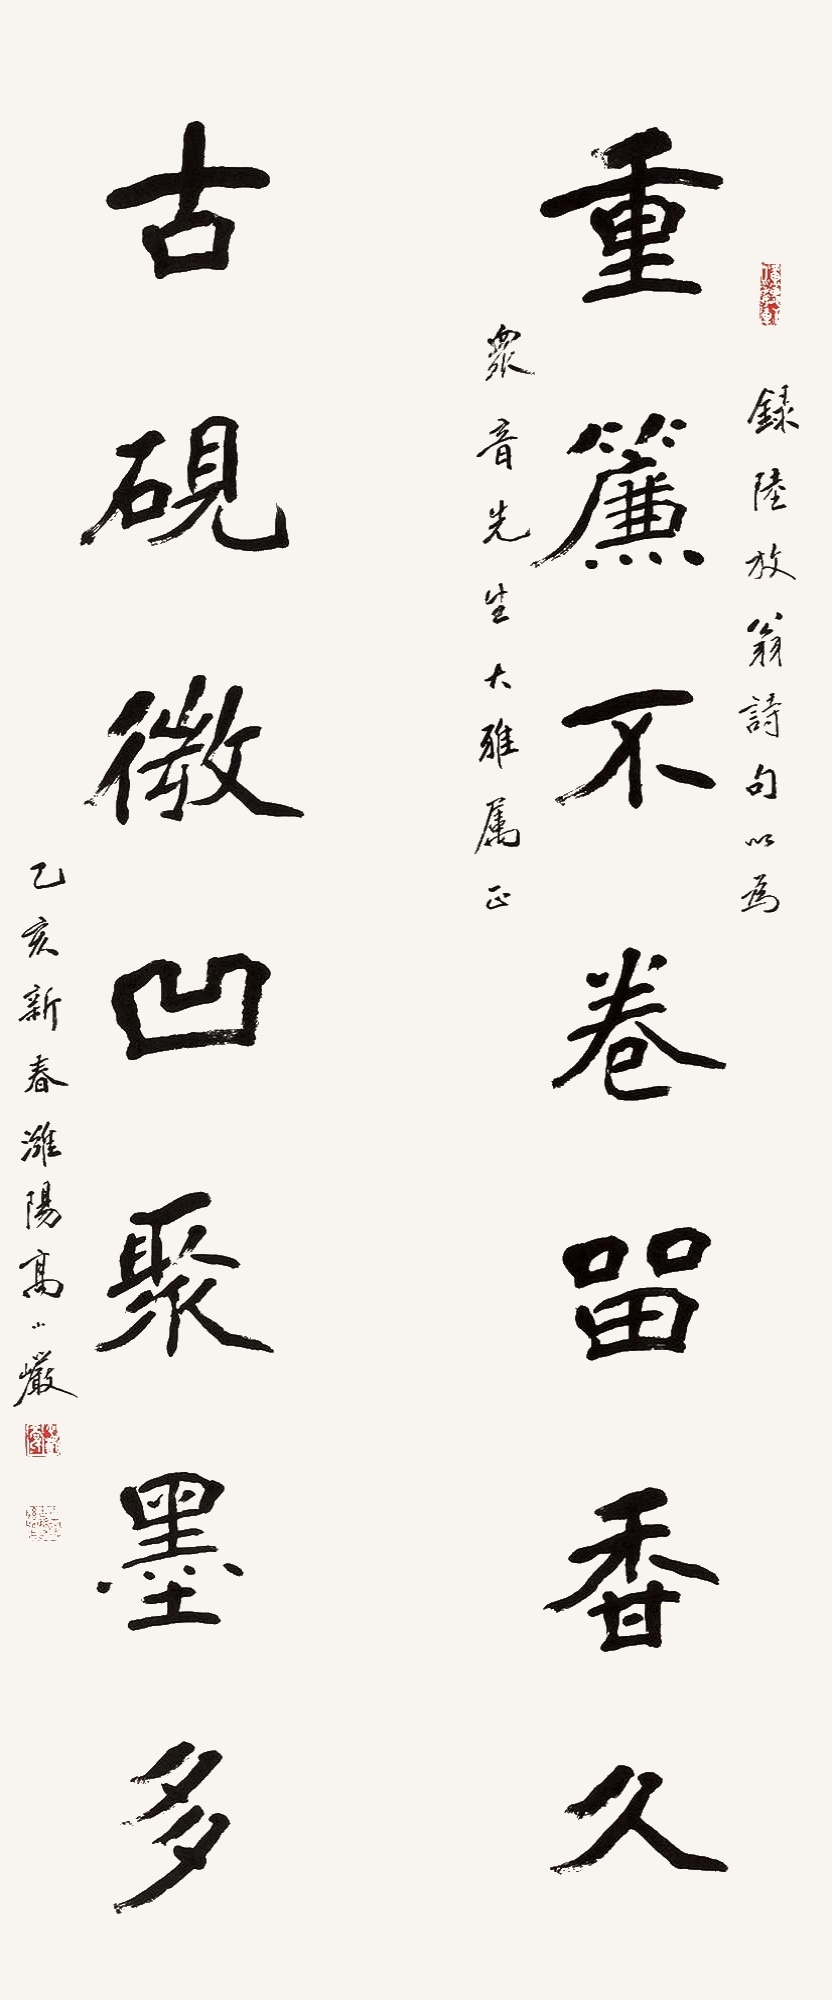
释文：重帘不卷留香久，古砚微凹聚墨多。录陆放翁诗句以为众音先生大雅属正，乙亥新春潍阳高小岩。